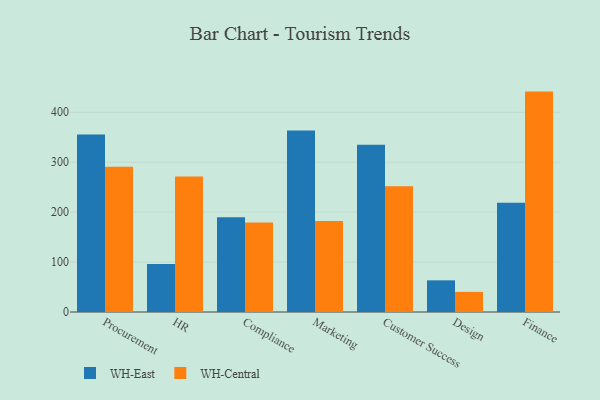
{"axis": {"x": "Department", "y": "Bounce Rate (%)"}, "legend": ["WH-Central", "WH-East"], "data": [{"x": "Procurement", "y": 355.4, "type": "WH-East"}, {"x": "Procurement", "y": 291.0, "type": "WH-Central"}, {"x": "HR", "y": 96.2, "type": "WH-East"}, {"x": "HR", "y": 271.3, "type": "WH-Central"}, {"x": "Compliance", "y": 189.8, "type": "WH-East"}, {"x": "Compliance", "y": 179.0, "type": "WH-Central"}, {"x": "Marketing", "y": 363.5, "type": "WH-East"}, {"x": "Marketing", "y": 182.4, "type": "WH-Central"}, {"x": "Customer Success", "y": 335.0, "type": "WH-East"}, {"x": "Customer Success", "y": 251.6, "type": "WH-Central"}, {"x": "Design", "y": 63.4, "type": "WH-East"}, {"x": "Design", "y": 40.3, "type": "WH-Central"}, {"x": "Finance", "y": 218.7, "type": "WH-East"}, {"x": "Finance", "y": 441.4, "type": "WH-Central"}]}